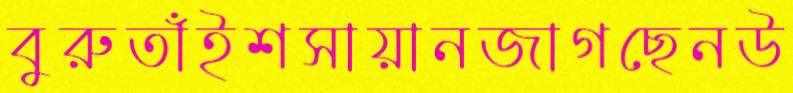
বুরুতাঁইশসায়ানজাগছেনউ